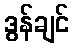
ဒွန်ချင်